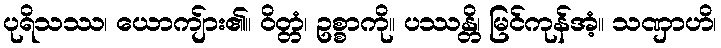
ပုရိသဿ၊ ယောကျ်ား၏။ ဝိတ္တံ၊ ဥစ္စာကို။ ပဿန္တိ၊ မြင်ကုန်အံ့။ သဏှာဟိ၊